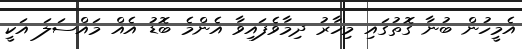
އެމީހުން ބުނާ ގޮތުގައި މިހާރު ދިމާވެފައިވާ އެންމެ ބޮޑު އެއް މައްސަލަ އަކީ